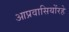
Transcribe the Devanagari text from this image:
आप्रवासियोंरहे